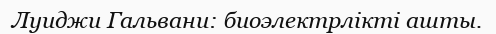
Луиджи Гальвани: биоэлектрлікті ашты.